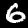
Label: 6